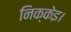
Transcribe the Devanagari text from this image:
निक्केइ।